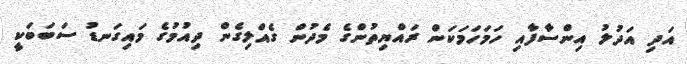
އަދި އަދުލު އިންސާފާއި ހަމަހަމަކަން ރައްޔިތުންގެ މެދުން ގެއްލިގެން ދިއުމުގެ މައިގަނޑު ސަބަބަކީ